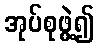
အုပ်စုဖွဲ့၍